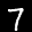
Label: 7